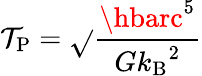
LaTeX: \mathcal{T}_{\mathrm{{P}}}={\sqrt{}{{\frac{{\hbarc^{5}}}{{G{k_{\mathrm{{B}}}}^{2}}}}}}